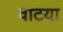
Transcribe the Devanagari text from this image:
वाटया